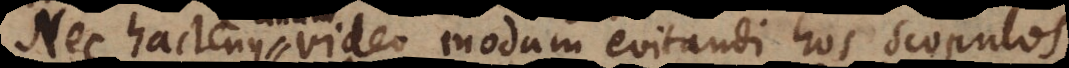
Nec hactenus video modum evitandi hos scopulos,